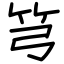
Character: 𥫤